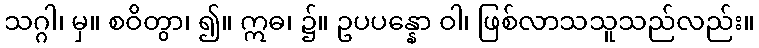
သဂ္ဂါ၊ မှ။ စဝိတွာ၊ ၍။ ဣဓ၊ ၌။ ဥပပန္နော ဝါ၊ ဖြစ်လာသသူသည်လည်း။